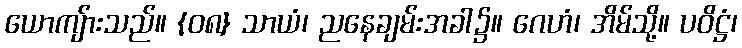
ယောကျ်ားသည်။ {၀၈} သာယံ၊ ညနေချမ်းအခါ၌။ ဂေဟံ၊ အိမ်သို့။ ပဝိဋ္ဌံ၊